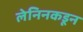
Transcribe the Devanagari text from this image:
लेनिनकडून